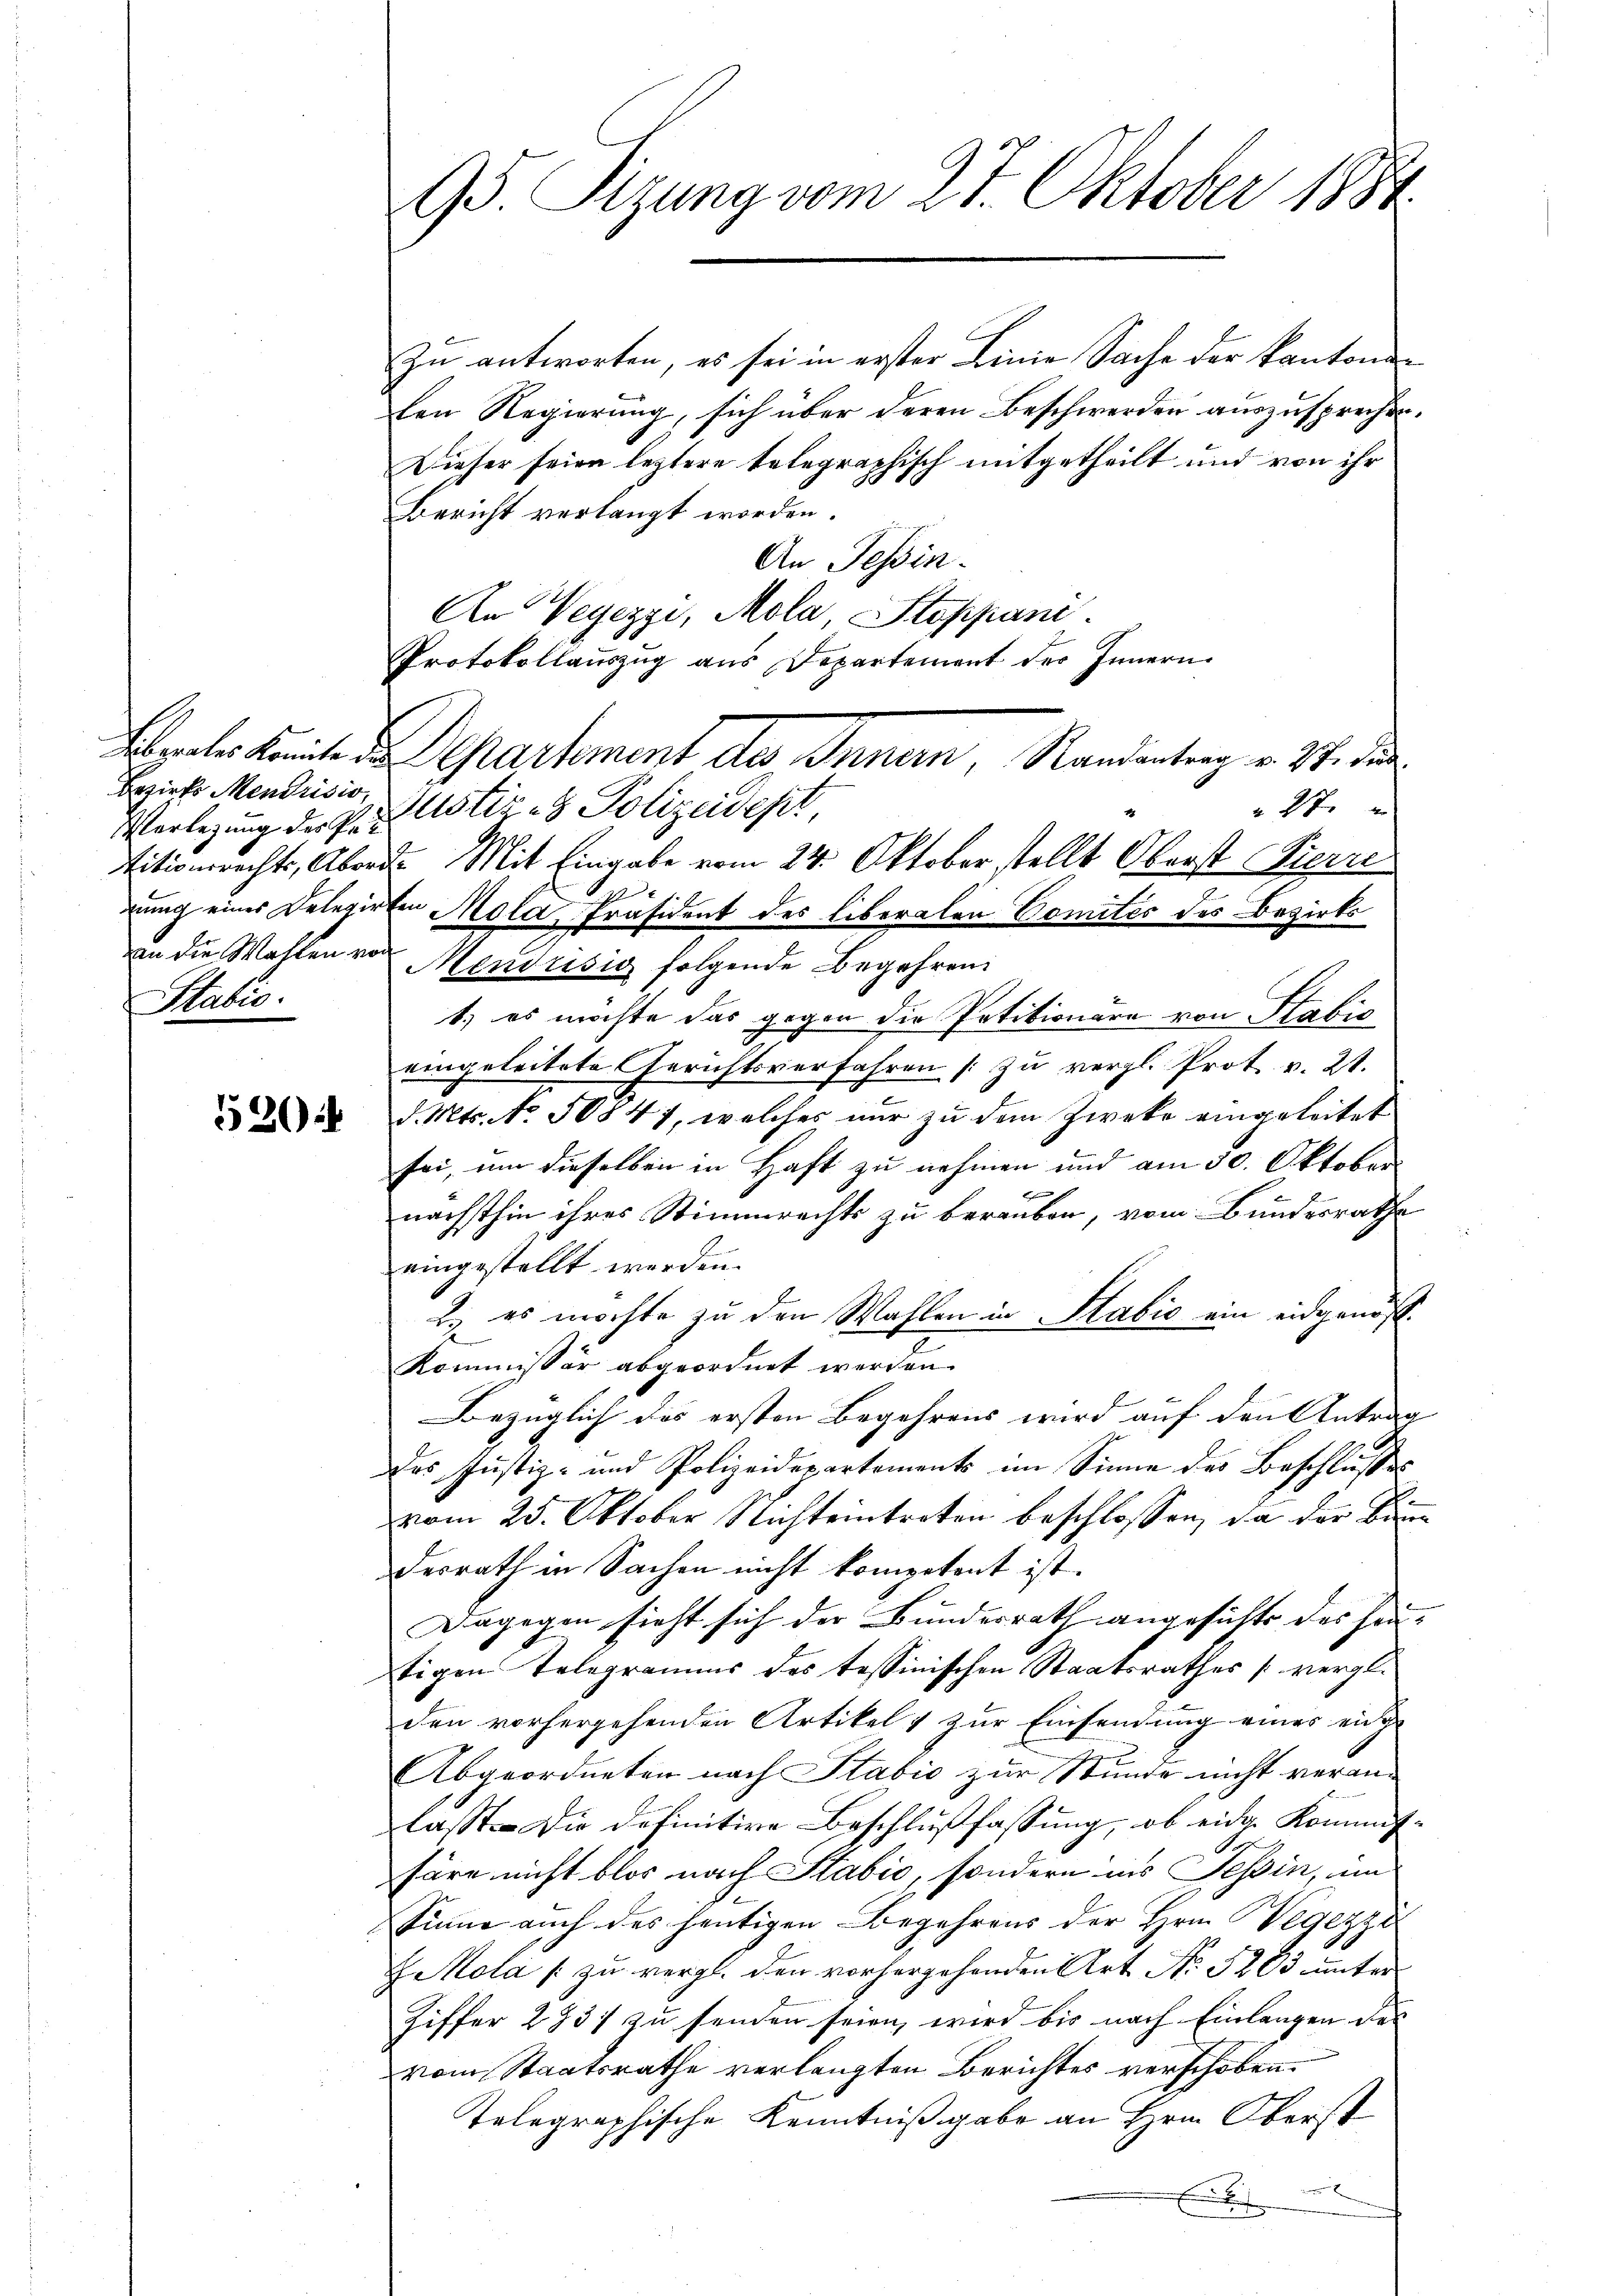
530

95. Sizung vom 27. Oktober 1884

Bezirk Mendrisis,
an die Wahlen von
aber

Ebrates Krite Departement des Innern, Randantrag v. 27. dies

Zu antworten, es sei in erster Linie Sache der kantonen
len Regierung, sich über deren Beschwerden auszusprechen.
Dieser seien leztere telegraphisch mitgetheilt und von ihr
Bericht verlangt worden.
An Tessin.
An Vegezzi, Mola, Stoppani.
Protokollauszug aus Departement der Innern.
 27 x
Verlegung der Prustiz- & Polizeidept,
titionsrechts, Abend. Mit Eingabe vom 24. Oktober stellt Oberst Pierre
x
zung eines Delegirten Mola, Präsident des liberalen Comités des Bezirks
Mendrisig folgende Begehren
1.) es möchte das gegen die Petitionäre von Stabis
eingeleitete Gerichtsverfahren [zu vergl. Prot. v. 21.
c
d. Mts. No. 50847, welches nur zu dem Zweke eingeleitet
sei, um dieselben in Haft zu nehmen und am 30. Oktober

nächsthin ihres Stimmrechts zu berauben, vom Bundesrathe
eingestellt werden.
2.) es möchte zu den Wahlen in Stabić ein eidgenöß
Kommissär abgeordnet werden.
Bezüglich des ersten Begehrens wird auf den Antrag
das Justiz- und Polizeidepartements im Sinne des Beschlusses
vom 25. Oktober Nichteintreten beschlossen, da der Bann
desrath in Sachen nicht kompetent ist.
Dagegen sieht sich der Bundesrath angesichte des hin-
tigen Telegramms des tessinischen Staatsrathes (vergl.
den vorhergehenden Artikel & zur Einsendung eines enge
Abgeordneten nach Stabić zur Stunde nicht veranlasst. Die definitive Beschlußfassung, ob eidg. Kommis-
häre nicht blos nach Stabić, sondern ins Tessin, im
1
Summe auch des heutigen Begehrens der Hrn. Wegezzi
ZKola / zu vergl. den vorhergehenden Art No. 3263 unter
Ziffer 2831 zu senden seien, wird bis nach Einlangen des
vom Staatsrathe verlangten Berichtes verschoben.
Telegraphische Kenntnißgabe an Hrn. Oberst

E